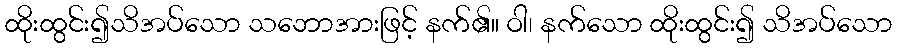
ထိုးထွင်း၍သိအပ်သော သဘောအားဖြင့် နက်၏။ ဝါ၊ နက်သော ထိုးထွင်း၍ သိအပ်သော